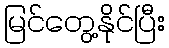
မြင်တွေ့နိုင်ပြီး